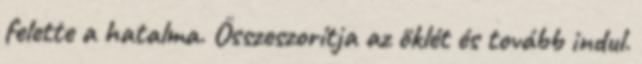
felette a hatalma. Összeszorítja az öklét és tovább indul.